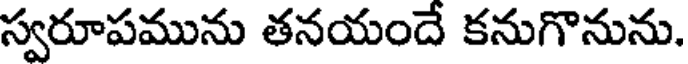
స్వరూపమును తనయందే కనుగొనును.